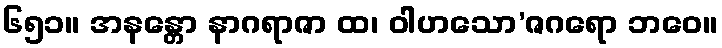
၆၅၁။ အနန္တော နာဂရာဇာ ထ၊ ဝါဟသော’ဇဂရော ဘဝေ။